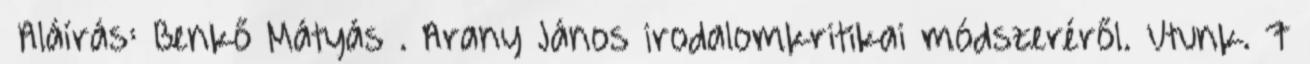
Aláírás: Benkő Mátyás . Arany János irodalomkritikai módszeréről. Utunk. 7